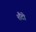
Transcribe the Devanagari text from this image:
शैंटी